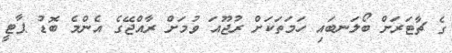
ގެ ޗާޓަރަށް ބޯލަނބައި ހަމަތަކަށް ރުޖޫއަ ވުމަށް ރާއްޖޭގެ އެންމެ ބޮޑު ޕާޓީ